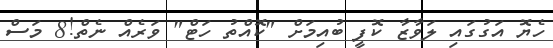
ހެޔޮ އަގުގައި ލަވާޒާ ކޮފީ ބުއިމަށް "ކޮއްތު ހަޓް" ވަރެއް ނެތް!8 މަސް